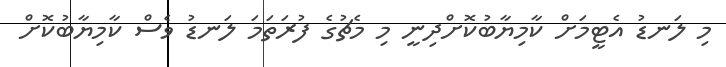
މި ލަނޑު އެޓީމަށް ކާމިޔާބުކޮށްދިނީ މި މެޗުގެ ފުރަތަމަ ލަނޑު ވެސް ކާމިޔާބުކޮށް